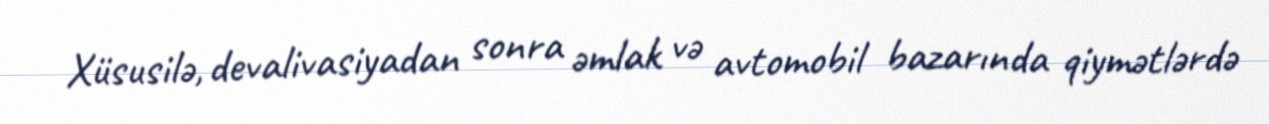
Xüsusilə, devalivasiyadan sonra əmlak və avtomobil bazarında qiymətlərdə